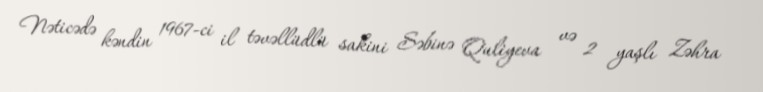
Nəticədə kəndin 1967-ci il təvəllüdlü sakini Səbinə Quliyeva və 2 yaşlı Zəhra